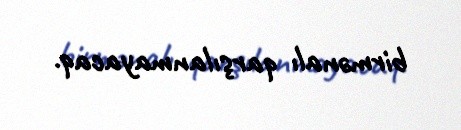
birmənalı qarşılanmayacaq.